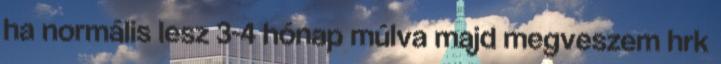
ha normális lesz 3-4 hónap múlva majd megveszem hrk